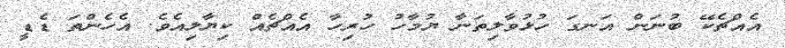
އެއްޗެކޭ ބުނަން އަނގަ ހުޅުވާލިތަނާ ޔުމާހު ހުރިހާ އެއްޗެއް ކިޔާލިއެވެ. އެހެންތަ ޑެޑީ